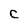
Character: C